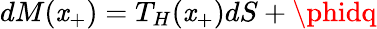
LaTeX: dM(\mathit{x}_{+})=T_{H}(\mathit{x}_{+})dS+\phidq